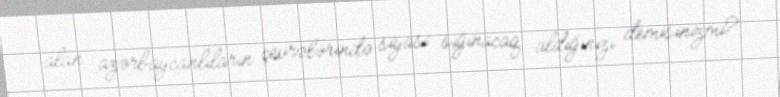
alan azərbaycanlıların çevrələrində siyasi sığınacaq aldığınızı demisinizmi?.